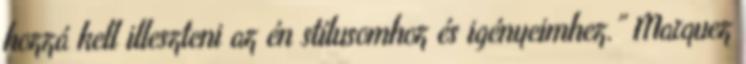
hozzá kell illeszteni az én stílusomhoz és igényeimhez.” Marquez